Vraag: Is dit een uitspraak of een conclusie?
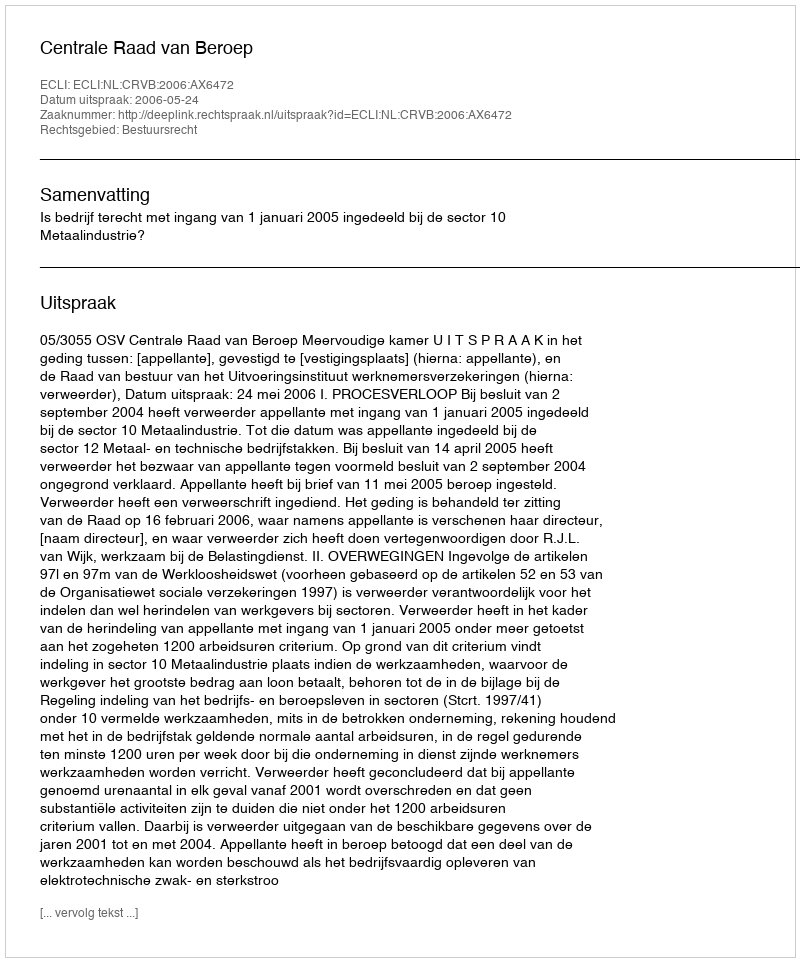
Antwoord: Uitspraak